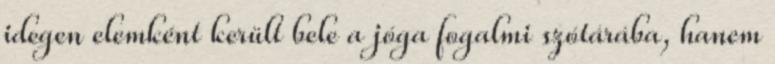
idegen elemként került bele a jóga fogalmi szótárába, hanem